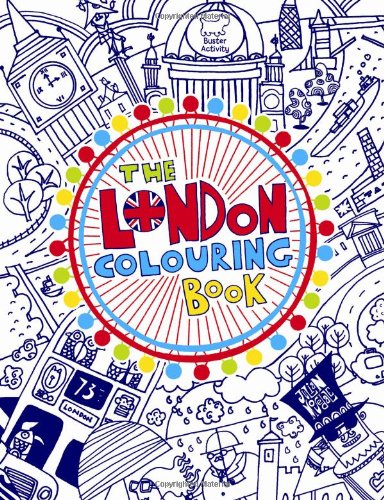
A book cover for The London Colouring Book; Buster Books; Children's Books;